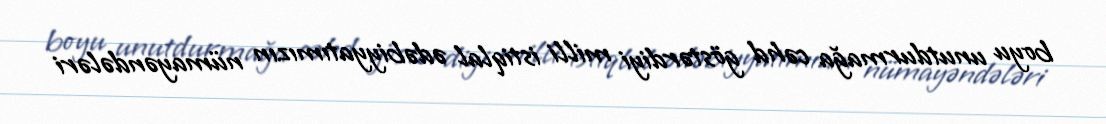
boyu unutdurmağa cəhd göstərdiyi milli istiqlal ədəbiyyatımızın nümayəndələri